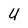
Character: U